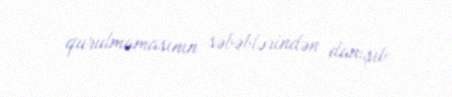
qurulmamasının səbəblərindən danışıb.